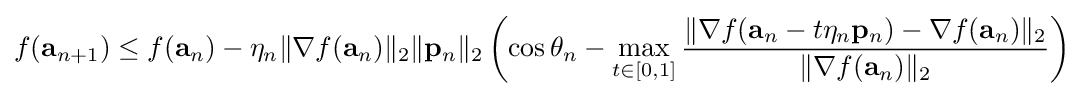
f(\mathbf {a} _{n+1})\leq f(\mathbf {a} _{n})-\eta _{n}\|\nabla f(\mathbf {a} _{n})\|_{2}\|\mathbf {p} _{n}\|_{2}\left(\cos \theta _{n}-\max _{t\in [0,1]}{\frac {\|\nabla f(\mathbf {a} _{n}-t\eta _{n}\mathbf {p} _{n})-\nabla f(\mathbf {a} _{n})\|_{2}}{\|\nabla f(\mathbf {a} _{n})\|_{2}}}\right)